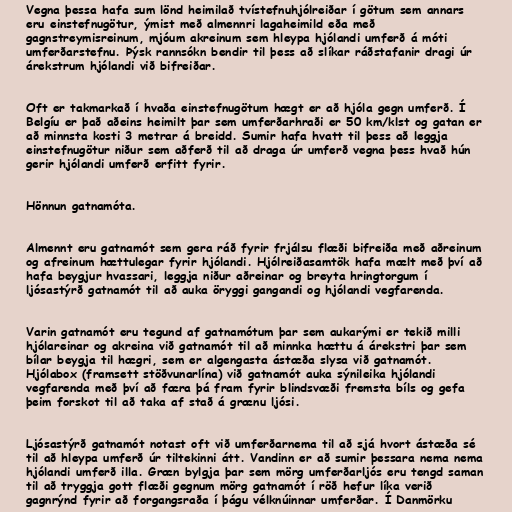
Vegna þessa hafa sum lönd heimilað tvístefnuhjólreiðar í götum sem annars
eru einstefnugötur, ýmist með almennri lagaheimild eða með
gagnstreymisreinum, mjóum akreinum sem hleypa hjólandi umferð á móti
umferðarstefnu. Þýsk rannsókn bendir til þess að slíkar ráðstafanir dragi úr
árekstrum hjólandi við bifreiðar.

Oft er takmarkað í hvaða einstefnugötum hægt er að hjóla gegn umferð. Í
Belgíu er það aðeins heimilt þar sem umferðarhraði er 50 km/klst og gatan er
að minnsta kosti 3 metrar á breidd. Sumir hafa hvatt til þess að leggja
einstefnugötur niður sem aðferð til að draga úr umferð vegna þess hvað hún
gerir hjólandi umferð erfitt fyrir.

Hönnun gatnamóta.

Almennt eru gatnamót sem gera ráð fyrir frjálsu flæði bifreiða með aðreinum
og afreinum hættulegar fyrir hjólandi. Hjólreiðasamtök hafa mælt með því að
hafa beygjur hvassari, leggja niður aðreinar og breyta hringtorgum í
ljósastýrð gatnamót til að auka öryggi gangandi og hjólandi vegfarenda.

Varin gatnamót eru tegund af gatnamótum þar sem aukarými er tekið milli
hjólareinar og akreina við gatnamót til að minnka hættu á árekstri þar sem
bílar beygja til hægri, sem er algengasta ástæða slysa við gatnamót.
Hjólabox (framsett stöðvunarlína) við gatnamót auka sýnileika hjólandi
vegfarenda með því að færa þá fram fyrir blindsvæði fremsta bíls og gefa
þeim forskot til að taka af stað á grænu ljósi.

Ljósastýrð gatnamót notast oft við umferðarnema til að sjá hvort ástæða sé
til að hleypa umferð úr tiltekinni átt. Vandinn er að sumir þessara nema nema
hjólandi umferð illa. Græn bylgja þar sem mörg umferðarljós eru tengd saman
til að tryggja gott flæði gegnum mörg gatnamót í röð hefur líka verið
gagnrýnd fyrir að forgangsraða í þágu vélknúinnar umferðar. Í Danmörku